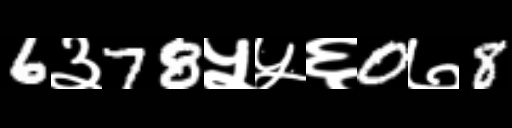
Text: 6३78५५६0७8